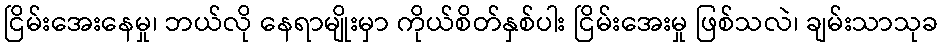
ငြိမ်းအေးနေမှု၊ ဘယ်လို နေရာမျိုးမှာ ကိုယ်စိတ်နှစ်ပါး ငြိမ်းအေးမှု ဖြစ်သလဲ၊ ချမ်းသာသုခ